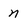
Character: n